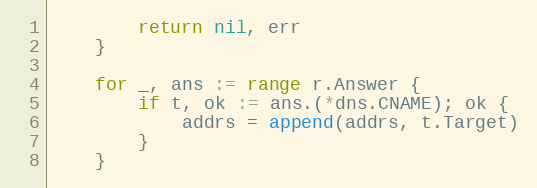
Language: Go
		return nil, err
	}

	for _, ans := range r.Answer {
		if t, ok := ans.(*dns.CNAME); ok {
			addrs = append(addrs, t.Target)
		}
	}